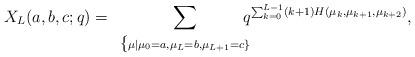
LaTeX: \begin{align*}X_L(a,b,c;q)=\displaystyle\sum_{\begin{array}{c}\{\scriptstyle \mu | {\mu_0=a, \mu_L=b, \mu_{L+1}=c}\}\end{array}}\! \! \! \! \! \! q^{\sum_{k=0}^{L-1}(k+1)H(\mu_k,\mu_{k+1},\mu_{k+2})},\end{align*}